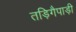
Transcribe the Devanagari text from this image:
तड़िगैपाड़ी